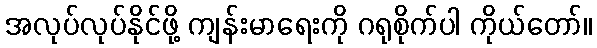
အလုပ်လုပ်နိုင်ဖို့ ကျန်းမာရေးကို ဂရုစိုက်ပါ ကိုယ်တော်။